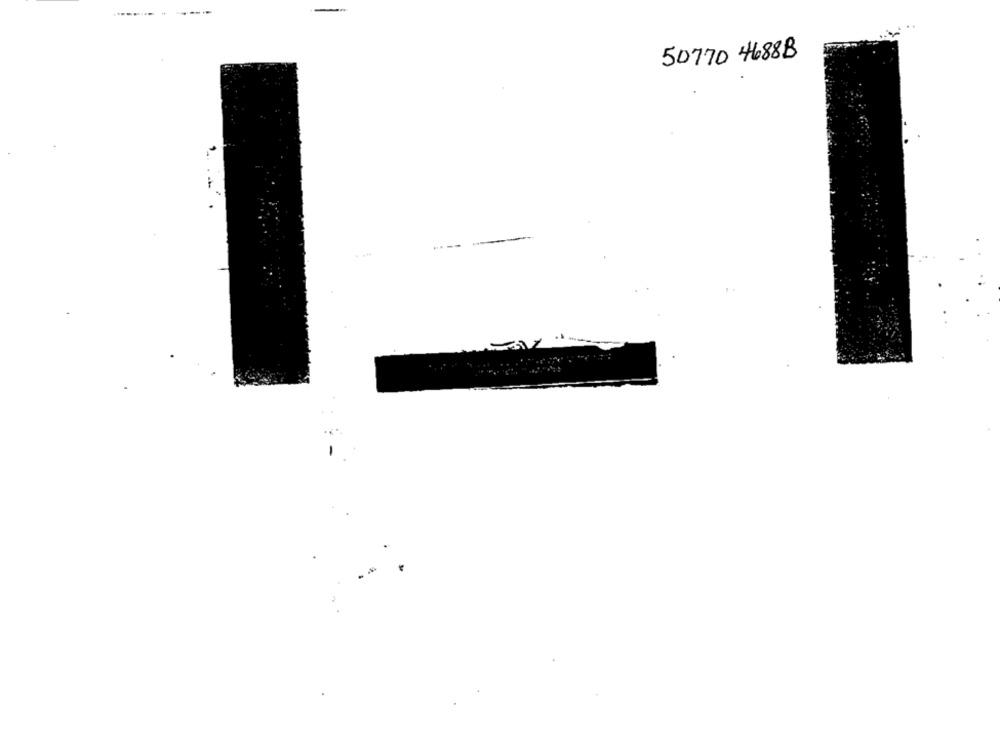
50770 4688B